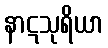
နာဋသုရိယာ